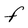
Character: F